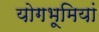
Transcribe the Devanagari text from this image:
योगभूमियां